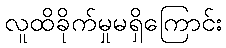
လူထိခိုက်မှုမရှိကြောင်း